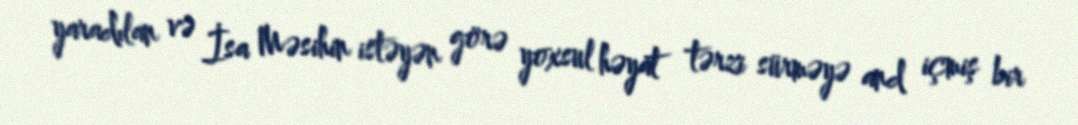
yaradılan və İsa Məsihin istəyən görə yoxsul həyat tərzi sürməyə and içmiş bir